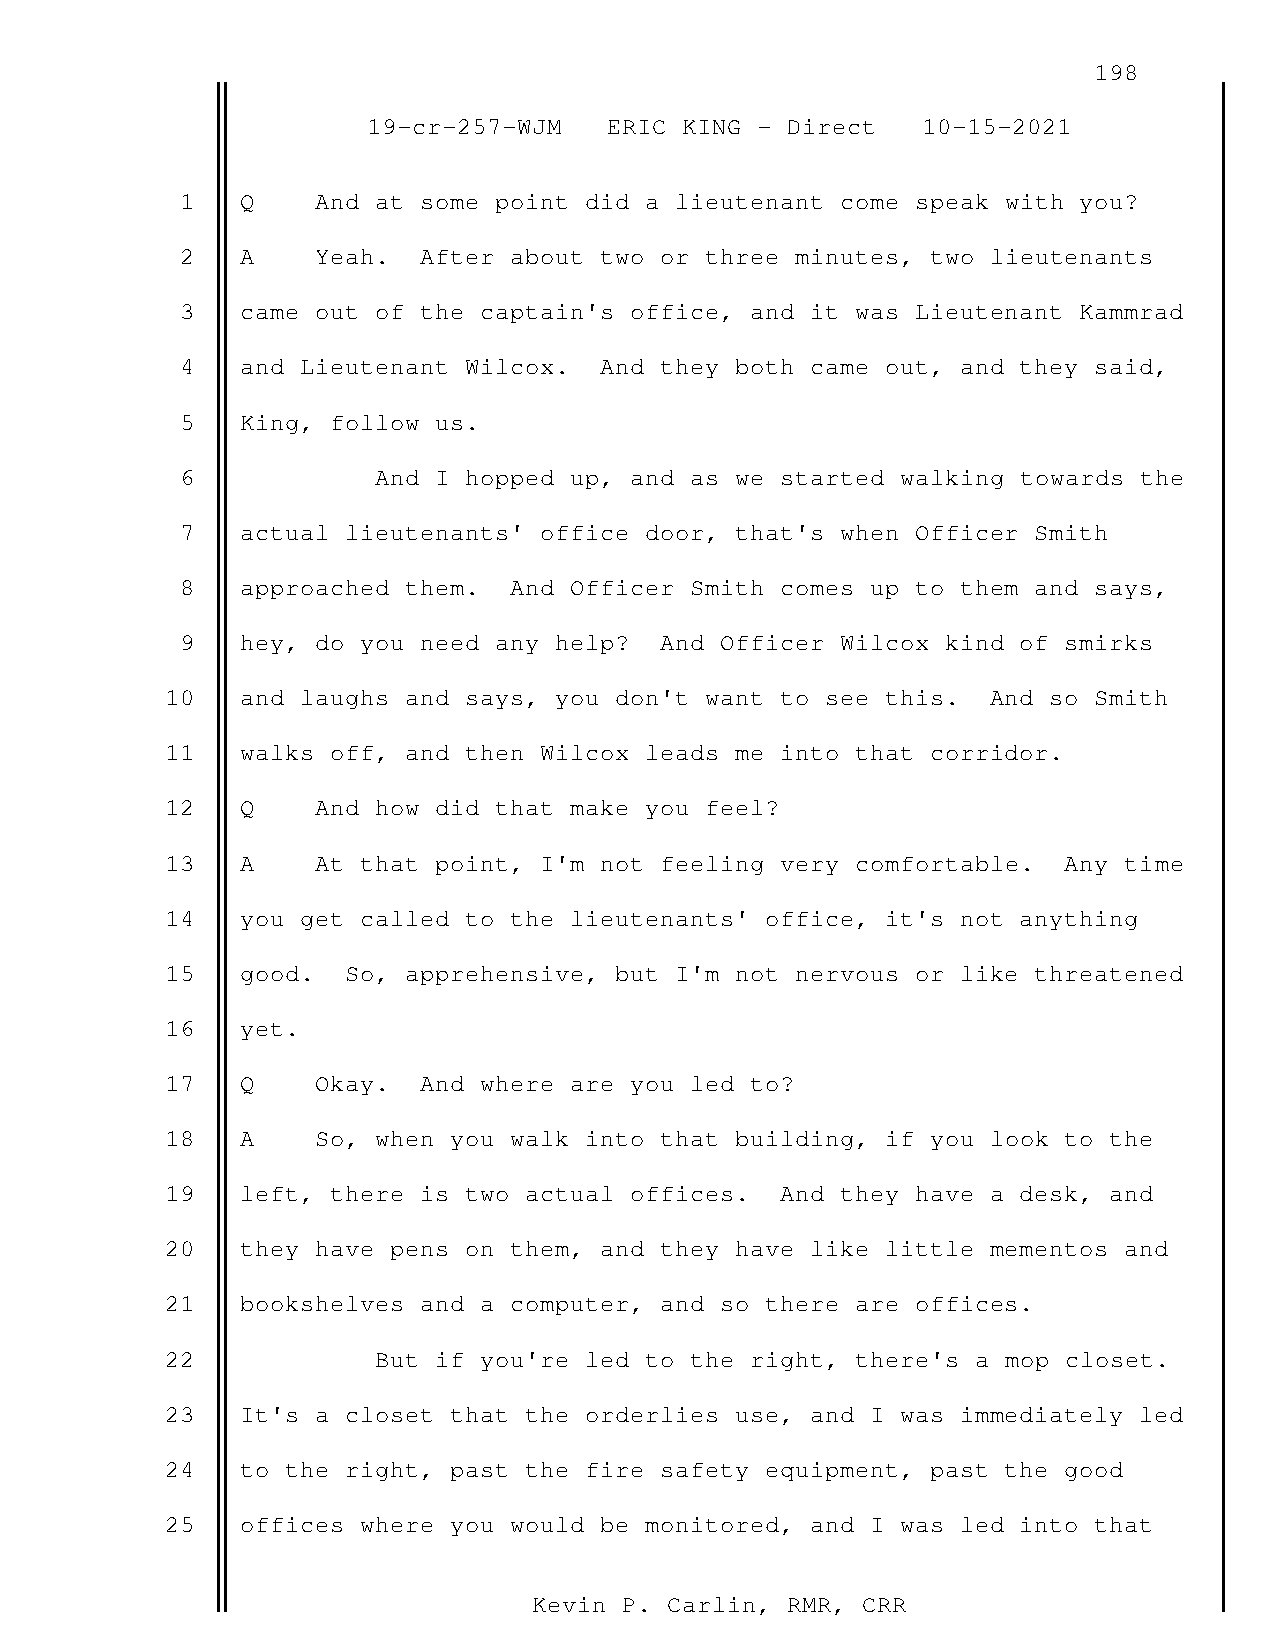
198
 19-cr-257-WJM   ERIC KING - Direct   10-15-2021
 1   Q    And at some point did a lieutenant come speak with you?
 2   A    Yeah.  After about two or three minutes, two lieutenants
 3   came out of the captain's office, and it was Lieutenant Kammrad
 4   and Lieutenant Wilcox.  And they both came out, and they said,
 5   King, follow us.
 6            And I hopped up, and as we started walking towards the
 7   actual lieutenants' office door, that's when Officer Smith
 8   approached them.  And Officer Smith comes up to them and says,
 9   hey, do you need any help?  And Officer Wilcox kind of smirks
 10   and laughs and says, you don't want to see this.  And so Smith
 11   walks off, and then Wilcox leads me into that corridor.
 12   Q    And how did that make you feel?
 13   A    At that point, I'm not feeling very comfortable. Any time
 14   you get called to the lieutenants' office, it's not anything
 15   good.  So, apprehensive, but I'm not nervous or like threatened
 16   yet.
 17   Q    Okay.  And where are you led to?
 18   A    So, when you walk into that building, if you look to the
 19   left, there is two actual offices.  And they have a desk, and
 20   they have pens on them, and they have like little mementos and
 21   bookshelves and a computer, and so there are offices.
 22            But if you're led to the right, there's a mop closet.
 23   It's a closet that the orderlies use, and I was immediately led
 24   to the right, past the fire safety equipment, past the good
 25   offices where you would be monitored, and I was led into that
 Kevin P. Carlin, RMR, CRR